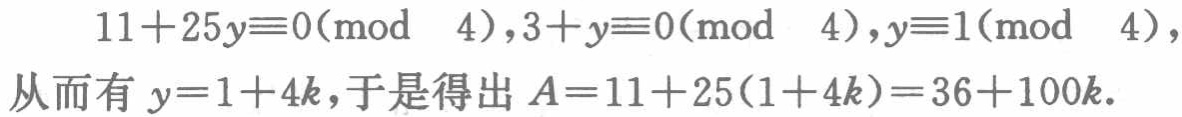
\[

\begin{align*}

11 + 25y&\equiv 0\pmod{4},3 + y\equiv 0\pmod{4},y\equiv 1\pmod{4},\\

\text{从而有 }y&=1 + 4k，于是得出A = 11+25(1 + 4k)=36 + 100k.

\end{align*}

\]